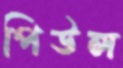
পিউল